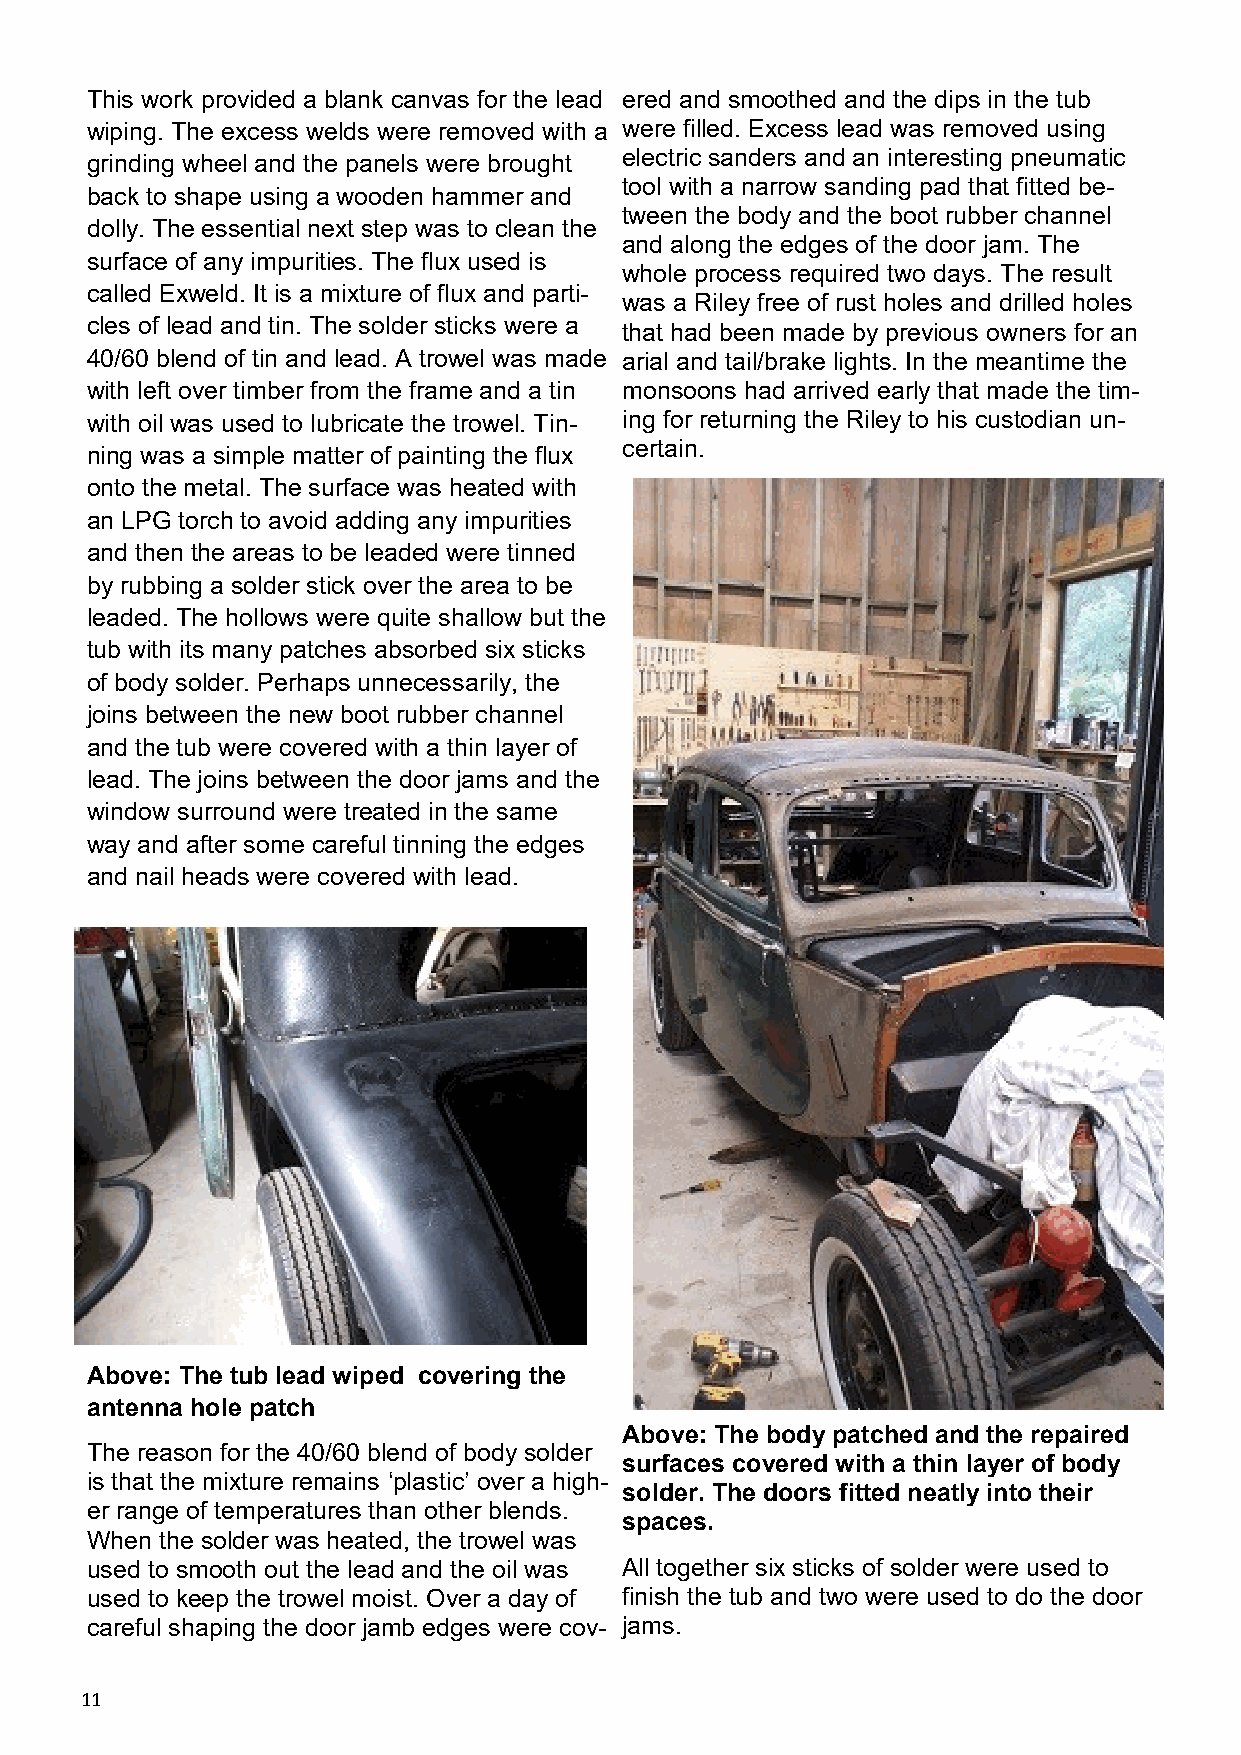
This work provided a blank canvas for the lead ered and smoothed and the dips in the tub
 wiping. The excess welds were removed with a were filled. Excess lead was removed using
 electric sanders and an interesting pneumatic
 grinding wheel and the panels were brought
 tool with a narrow sanding pad that fitted be-
 back to shape using a wooden hammer and
 tween the body and the boot rubber channel
 dolly. The essential next step was to clean the
 and along the edges of the door jam. The
 surface of any impurities. The flux used is
 whole process required two days. The result
 called Exweld. It is a mixture of flux and parti-
 was a Riley free of rust holes and drilled holes
 cles of lead and tin. The solder sticks were a that had been made by previous owners for an
 40/60 blend of tin and lead. A trowel was made arial and tail/brake lights. In the meantime the
 with left over timber from the frame and a tin monsoons had arrived early that made the tim-
 with oil was used to lubricate the trowel. Tin- ing for returning the Riley to his custodian un-
 certain.
 ning was a simple matter of painting the flux
 onto the metal. The surface was heated with
 an LPG torch to avoid adding any impurities
 and then the areas to be leaded were tinned
 by rubbing a solder stick over the area to be
 leaded. The hollows were quite shallow but the
 tub with its many patches absorbed six sticks
 of body solder. Perhaps unnecessarily, the
 joins between the new boot rubber channel
 and the tub were covered with a thin layer of
 lead. The joins between the door jams and the
 window surround were treated in the same
 way and after some careful tinning the edges
 and nail heads were covered with lead.
 Above: The tub lead wiped covering the
 antenna hole patch
 Above: The body patched and the repaired
 The reason for the 40/60 blend of body solder
 surfaces covered with a thin layer of body
 is that the mixture remains ‘plastic’ over a high-
 solder. The doors fitted neatly into their
 er range of temperatures than other blends.
 spaces.
 When the solder was heated, the trowel was
 used to smooth out the lead and the oil was All together six sticks of solder were used to
 used to keep the trowel moist. Over a day of finish the tub and two were used to do the door
 careful shaping the door jamb edges were cov- jams.
 11